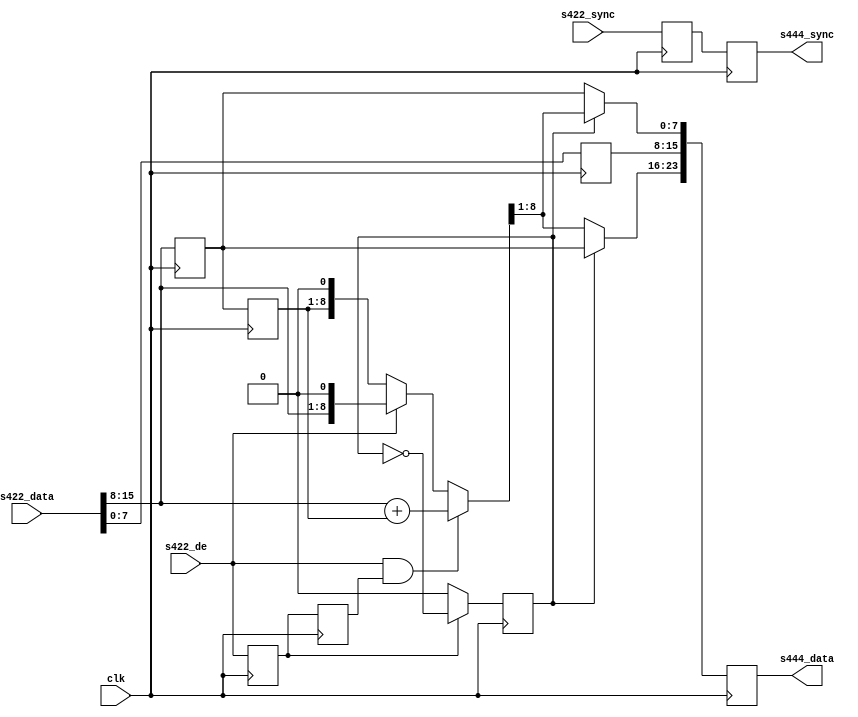
module ad_ss_422to444 (

  // 422 inputs

  clk,
  s422_de,
  s422_sync,
  s422_data,

  // 444 outputs

  s444_sync,
  s444_data);

  // parameters

  parameter   Cr_Cb_N = 0;
  parameter   DELAY_DATA_WIDTH = 16;
  localparam  DW = DELAY_DATA_WIDTH - 1;

  // 422 inputs

  input           clk;
  input           s422_de;
  input   [DW:0]  s422_sync;
  input   [15:0]  s422_data;

  // 444 inputs

  output  [DW:0]  s444_sync;
  output  [23:0]  s444_data;

  // internal registers

  reg             cr_cb_sel = 'd0;
  reg             s422_de_d = 'd0;
  reg     [DW:0]  s422_sync_d = 'd0;
  reg             s422_de_2d = 'd0;
  reg      [7:0]  s422_Y_d;
  reg      [7:0]  s422_CbCr_d;
  reg      [7:0]  s422_CbCr_2d;
  reg     [DW:0]  s444_sync = 'd0;
  reg     [23:0]  s444_data = 'd0;
  reg     [ 8:0]  s422_CbCr_avg;

  // internal wires

  wire    [ 7:0]  s422_Y;
  wire    [ 7:0]  s422_CbCr;

  // Input format is 
  // [15:8] Cb/Cr
  // [ 7:0] Y
  //
  // Output format is
  // [23:15] Cr
  // [16: 8] Y
  // [ 7: 0] Cb

  assign s422_Y = s422_data[7:0];
  assign s422_CbCr = s422_data[15:8];


  // first data on de assertion is cb (0x0), then cr (0x1).
  // previous data is held when not current

  always @(posedge clk) begin
    if (s422_de_d == 1'b1) begin
      cr_cb_sel <= ~cr_cb_sel;
    end else begin
      cr_cb_sel <= Cr_Cb_N;
    end
  end

  // pipe line stages

  always @(posedge clk) begin
    s422_de_d <= s422_de;
    s422_sync_d <= s422_sync;
    s422_de_2d <= s422_de_d;
	s422_Y_d <= s422_Y;

	s422_CbCr_d <= s422_CbCr;
	s422_CbCr_2d <= s422_CbCr_d;
  end

  // If both the left and the right sample are valid do the average, otherwise
  // use the only valid.
  always @(s422_de_2d, s422_de, s422_CbCr, s422_CbCr_2d)
  begin
		if (s422_de == 1'b1 && s422_de_2d)
			s422_CbCr_avg <= s422_CbCr + s422_CbCr_2d;
		else if (s422_de == 1'b1)
			s422_CbCr_avg <= {s422_CbCr, 1'b0};
		else
			s422_CbCr_avg <= {s422_CbCr_2d, 1'b0};
  end

  // 444 outputs

  always @(posedge clk) begin
    s444_sync <= s422_sync_d;
    s444_data[15:8] <= s422_Y_d;
	if (cr_cb_sel) begin
		s444_data[23:16] <= s422_CbCr_d;
		s444_data[ 7: 0] <= s422_CbCr_avg[8:1];
	end else begin
		s444_data[23:16] <= s422_CbCr_avg[8:1];
		s444_data[ 7: 0] <= s422_CbCr_d;
	end
  end

endmodule